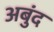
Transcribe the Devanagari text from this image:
अबुंद